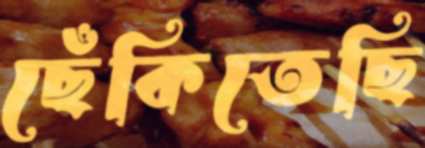
ছেঁকিতেছি